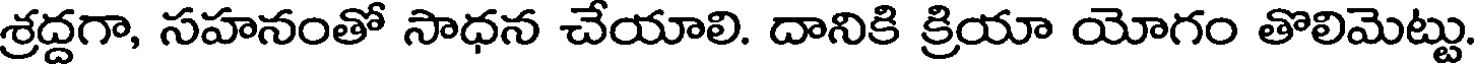
శ్రద్దగా, సహనంతో సాధన చేయాలి. దానికి క్రియా యోగం తొలిమెట్టు